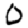
Digit: 0